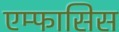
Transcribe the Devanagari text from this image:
एम्फासिस